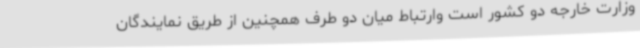
وزارت خارجه دو کشور است وارتباط میان دو طرف همچنین از طریق نمایندگان